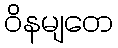
ဝိနမျတေ